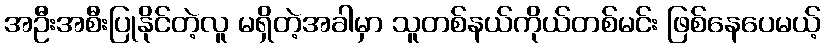
အဦးအစီးပြုနိုင်တဲ့လူ မရှိတဲ့အခါမှာ သူတစ်နယ်ကိုယ်တစ်မင်း ဖြစ်နေပေမယ့်